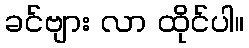
ခင်ဗျား လာ ထိုင်ပါ။